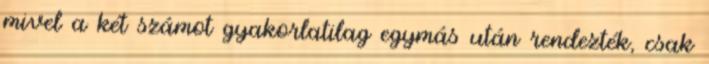
mivel a két számot gyakorlatilag egymás után rendezték, csak